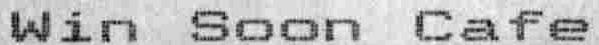
WIN SOON CAFE